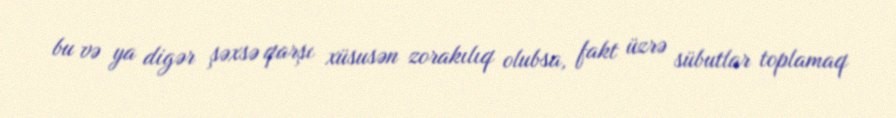
bu və ya digər şəxsə qarşı xüsusən zorakılıq olubsa, fakt üzrə sübutlar toplamaq